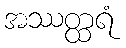
အဿတ္ထရံ